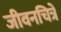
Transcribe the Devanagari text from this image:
जीवनचित्रे